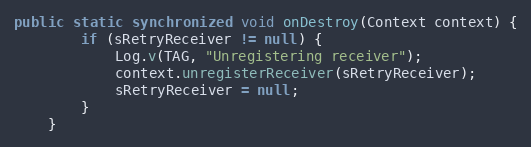
Language: Java
public static synchronized void onDestroy(Context context) {
        if (sRetryReceiver != null) {
            Log.v(TAG, "Unregistering receiver");
            context.unregisterReceiver(sRetryReceiver);
            sRetryReceiver = null;
        }
    }